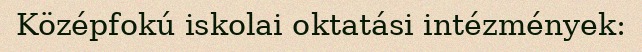
Középfokú iskolai oktatási intézmények: